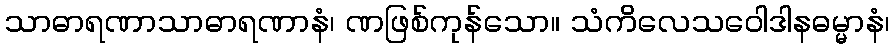
သာဓာရဏာသာဓာရဏာနံ၊ ဏဖြစ်ကုန်သော။ သံကိလေသဝေါဒါနဓမ္မာနံ၊